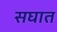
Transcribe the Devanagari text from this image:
सघात